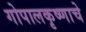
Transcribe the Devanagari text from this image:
गोपालकृष्णाचे